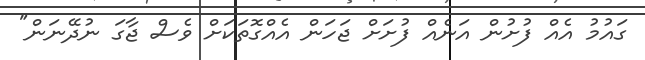
ގައުމު އެއް ފުށުން އަނެއް ފުށަށް ޖަހަން އެއްގޮތަކަށް ވެސް ޖާގަ ނުދޭނަން"